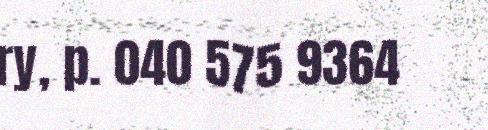
ry, p. 040 575 9364